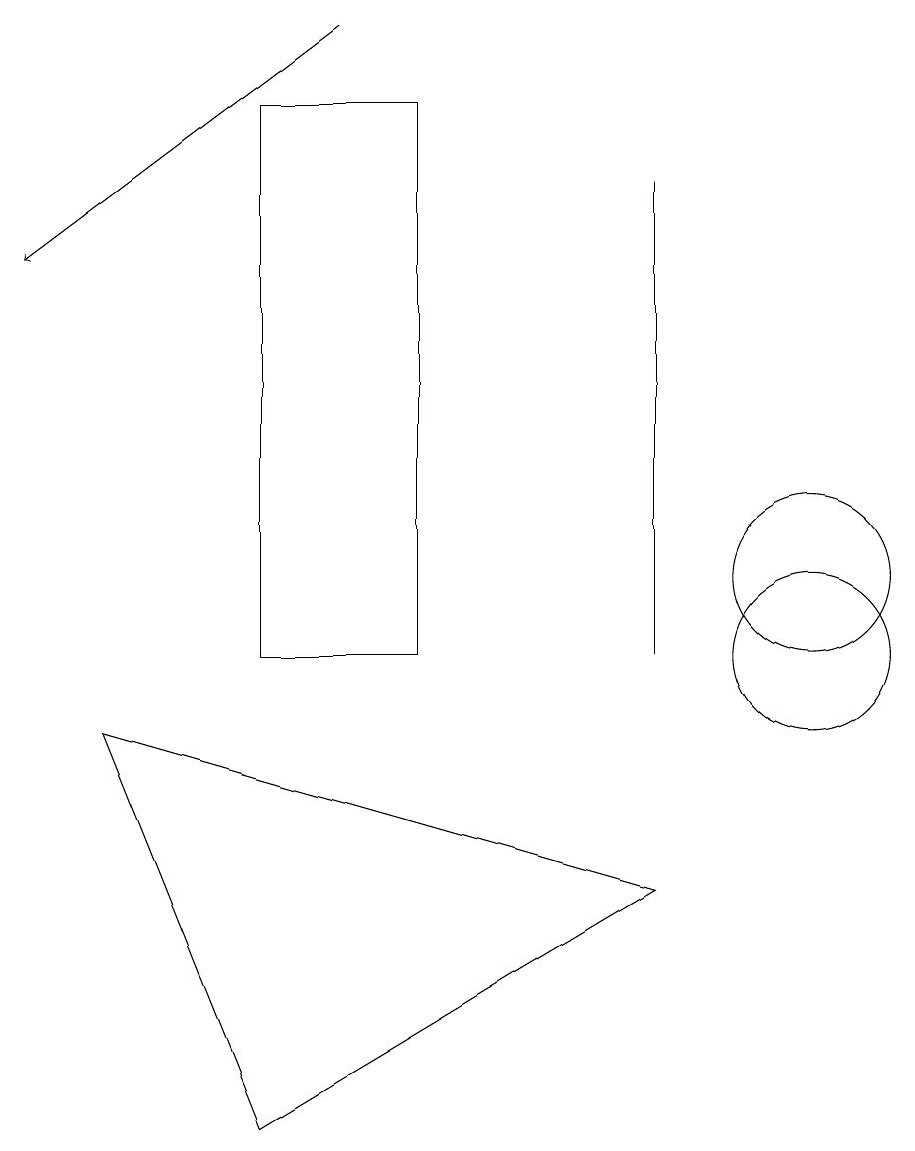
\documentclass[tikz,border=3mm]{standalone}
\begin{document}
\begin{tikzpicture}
\draw (10,11) circle (1);
\draw (10,10) circle (1);
\draw (1,9) -- (3,4) -- (8,7) -- cycle;
\draw[->] (4,18) -- (0,15);
\draw (5,10) rectangle (3,17);
\draw (8,10) rectangle (8,16);
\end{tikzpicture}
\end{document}